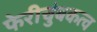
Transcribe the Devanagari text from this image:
फेरीचुंबकत्व